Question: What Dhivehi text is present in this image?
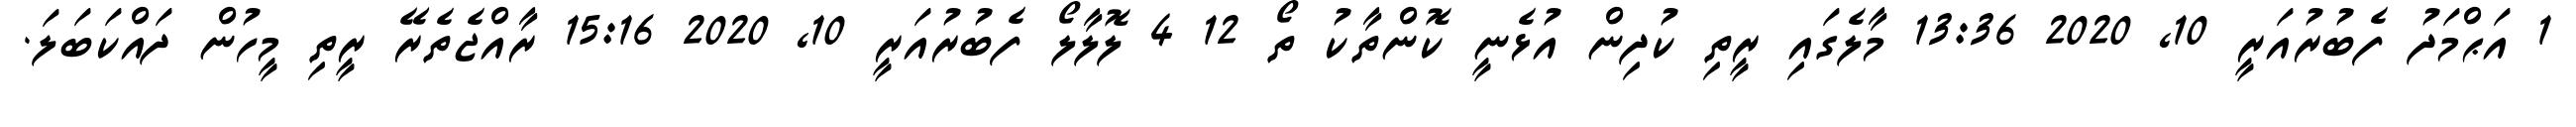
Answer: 1 އަޙްމަދު ފެބުރުއަރީ 10, 2020 13:36 މާލެގައި ރީތި ކުދިން އުޅެނީ ކޮންތާކު ތޯ 12 4 ލޮލާލޯ ފެބުރުއަރީ 10, 2020 15:16 ރާއްޖެތެރޭ ރީތި މީހުން ދައްކަބަލަ.